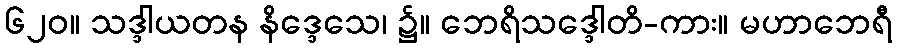
၆၂၀။ သဒ္ဒါယတန နိဒ္ဒေသေ၊ ၌။ ဘေရိသဒ္ဒေါတိ-ကား။ မဟာဘေရီ